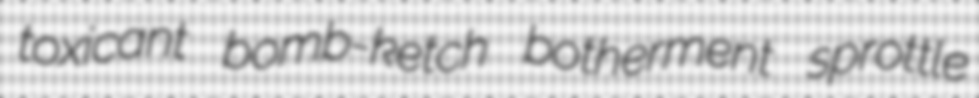
toxicant bomb-ketch botherment sprottle